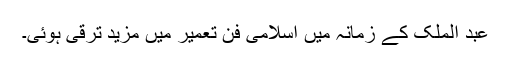
عبد الملک کے زمانہ میں اسلامی فن تعمیر میں مزید ترقی ہوئی۔